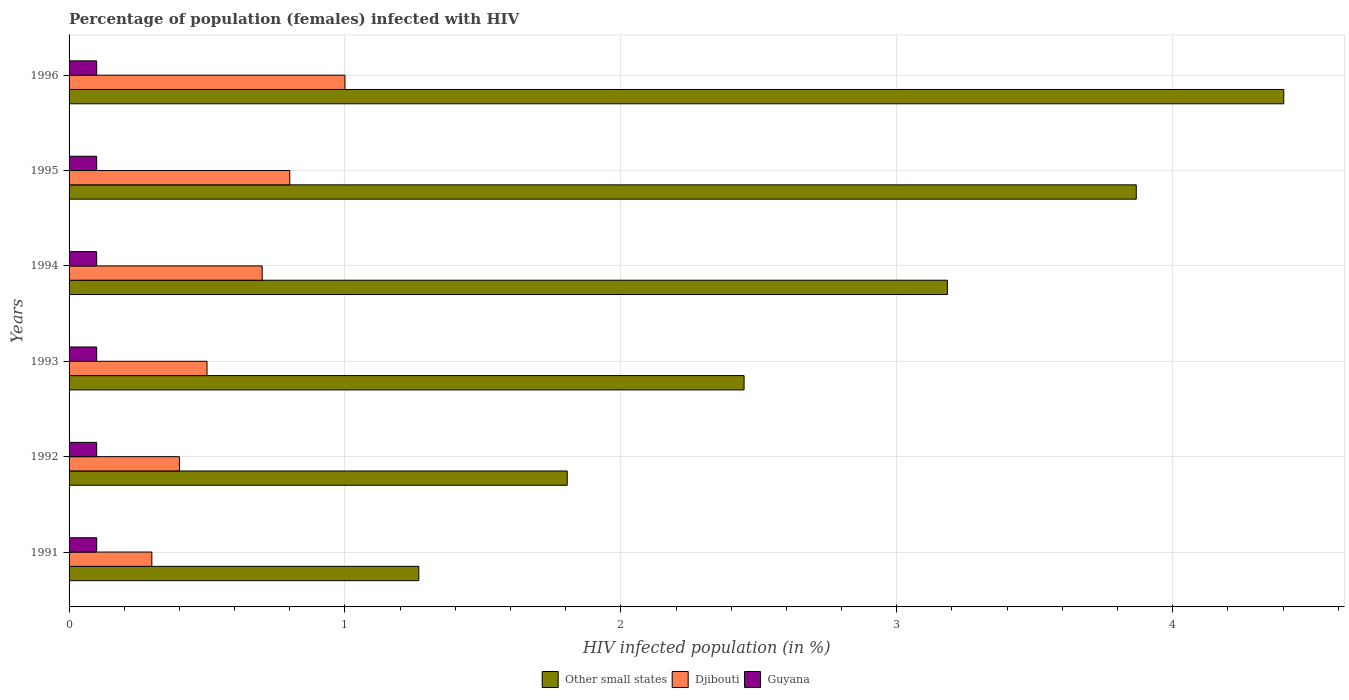
| Years | Other small states | Djibouti | Guyana |
 | --- | --- | --- | --- |
 | 1991 | 1.27 | 0.3 | 0.1 |
 | 1992 | 1.81 | 0.4 | 0.1 |
 | 1993 | 2.45 | 0.5 | 0.1 |
 | 1994 | 3.18 | 0.7 | 0.1 |
 | 1995 | 3.87 | 0.8 | 0.1 |
 | 1996 | 4.4 | 1 | 0.1 |